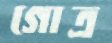
গোত্র